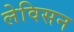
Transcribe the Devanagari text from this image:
लेविसन